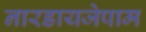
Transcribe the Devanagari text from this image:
नारडायजेपाम